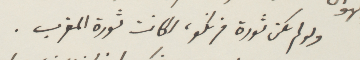
ولولم تكن ثورة فرنكو، لكانت ثورة المغرب.